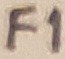
Text: F1